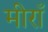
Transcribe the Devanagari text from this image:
मीराँ